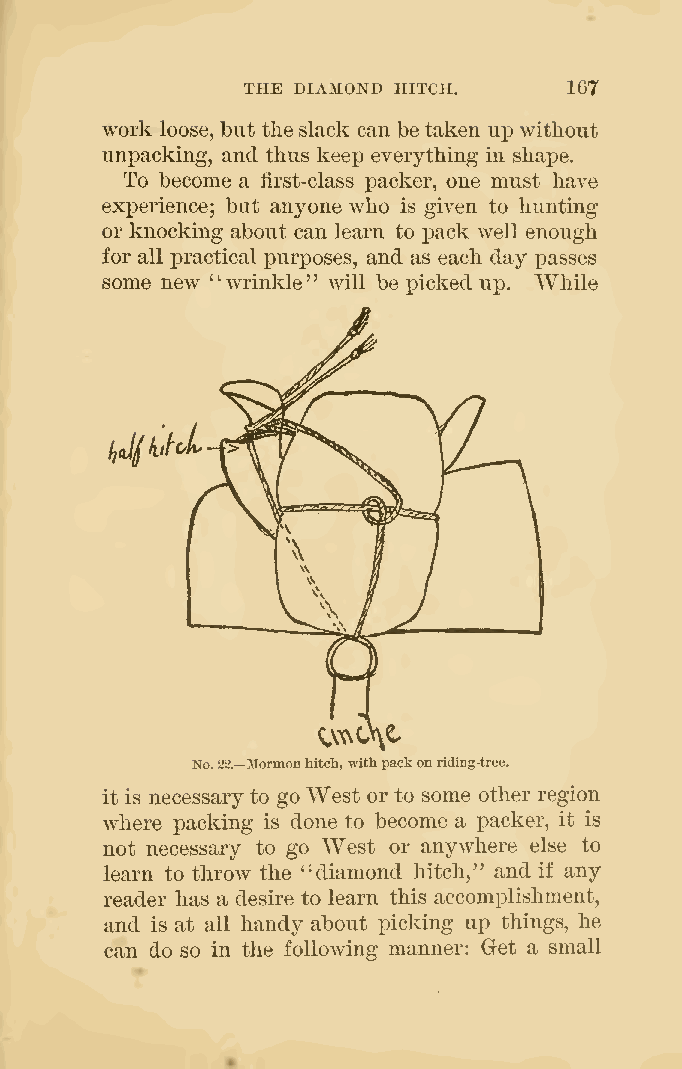
THE DIAMOND HITCH.    167
 work loose, but theslack can be taken up without
 unpacking, and thus keej) everything in shape.
 To become a lirst-class packer, one must have
 experience; but anyone who is given to hunting
 or knocking about can learn to i3ack well enough
 for all practical jDurposes, and as each day passes
 some new "wrinkle" will be picked up. While
 No.22—Mormonhitx;h,withpackonriding-tree.
 it is necessary to go West or to some other region
 where packing is done to become a packer, it is
 not necessary to go West or anywhere else to
 learn to throw the "diamond hitch," and if any
 reader has a desire to learn this accomplishment,
 and is at all handy about picking up things, he
 can do so in the following manner: Get a small